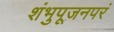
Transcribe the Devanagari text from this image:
शंभुपूजनपरं